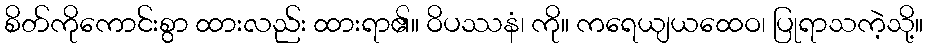
စိတ်ကိုကောင်းစွာ ထားလည်း ထားရာ၏။ ဝိပဿနံ၊ ကို။ ကရေယျယထေဝ၊ ပြုရာသကဲ့သို့။